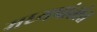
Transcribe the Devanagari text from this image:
मध्यप्रांतांत